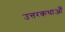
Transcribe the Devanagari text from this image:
उत्तरकथाओँ